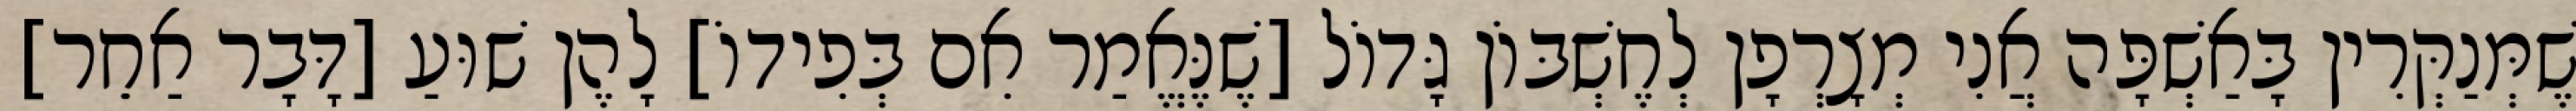
שֶׁמְּנַקְּרִין בָּאַשְׁפָּה אֲנִי מְצָרְפָן לְחֶשְׁבּוֹן גָּדוֹל [שֶׁנֶּאֱמַר אִם בְּפִידוֹ] לָהֶן שׁוּעַ [דָּבָר אַחֵר]